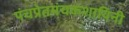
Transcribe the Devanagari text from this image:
पंचप्रेतमंचकशायिनी